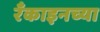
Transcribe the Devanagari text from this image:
रँकाइनच्या